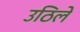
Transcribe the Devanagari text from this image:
उठिले